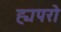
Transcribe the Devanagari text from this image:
ह्यपरो